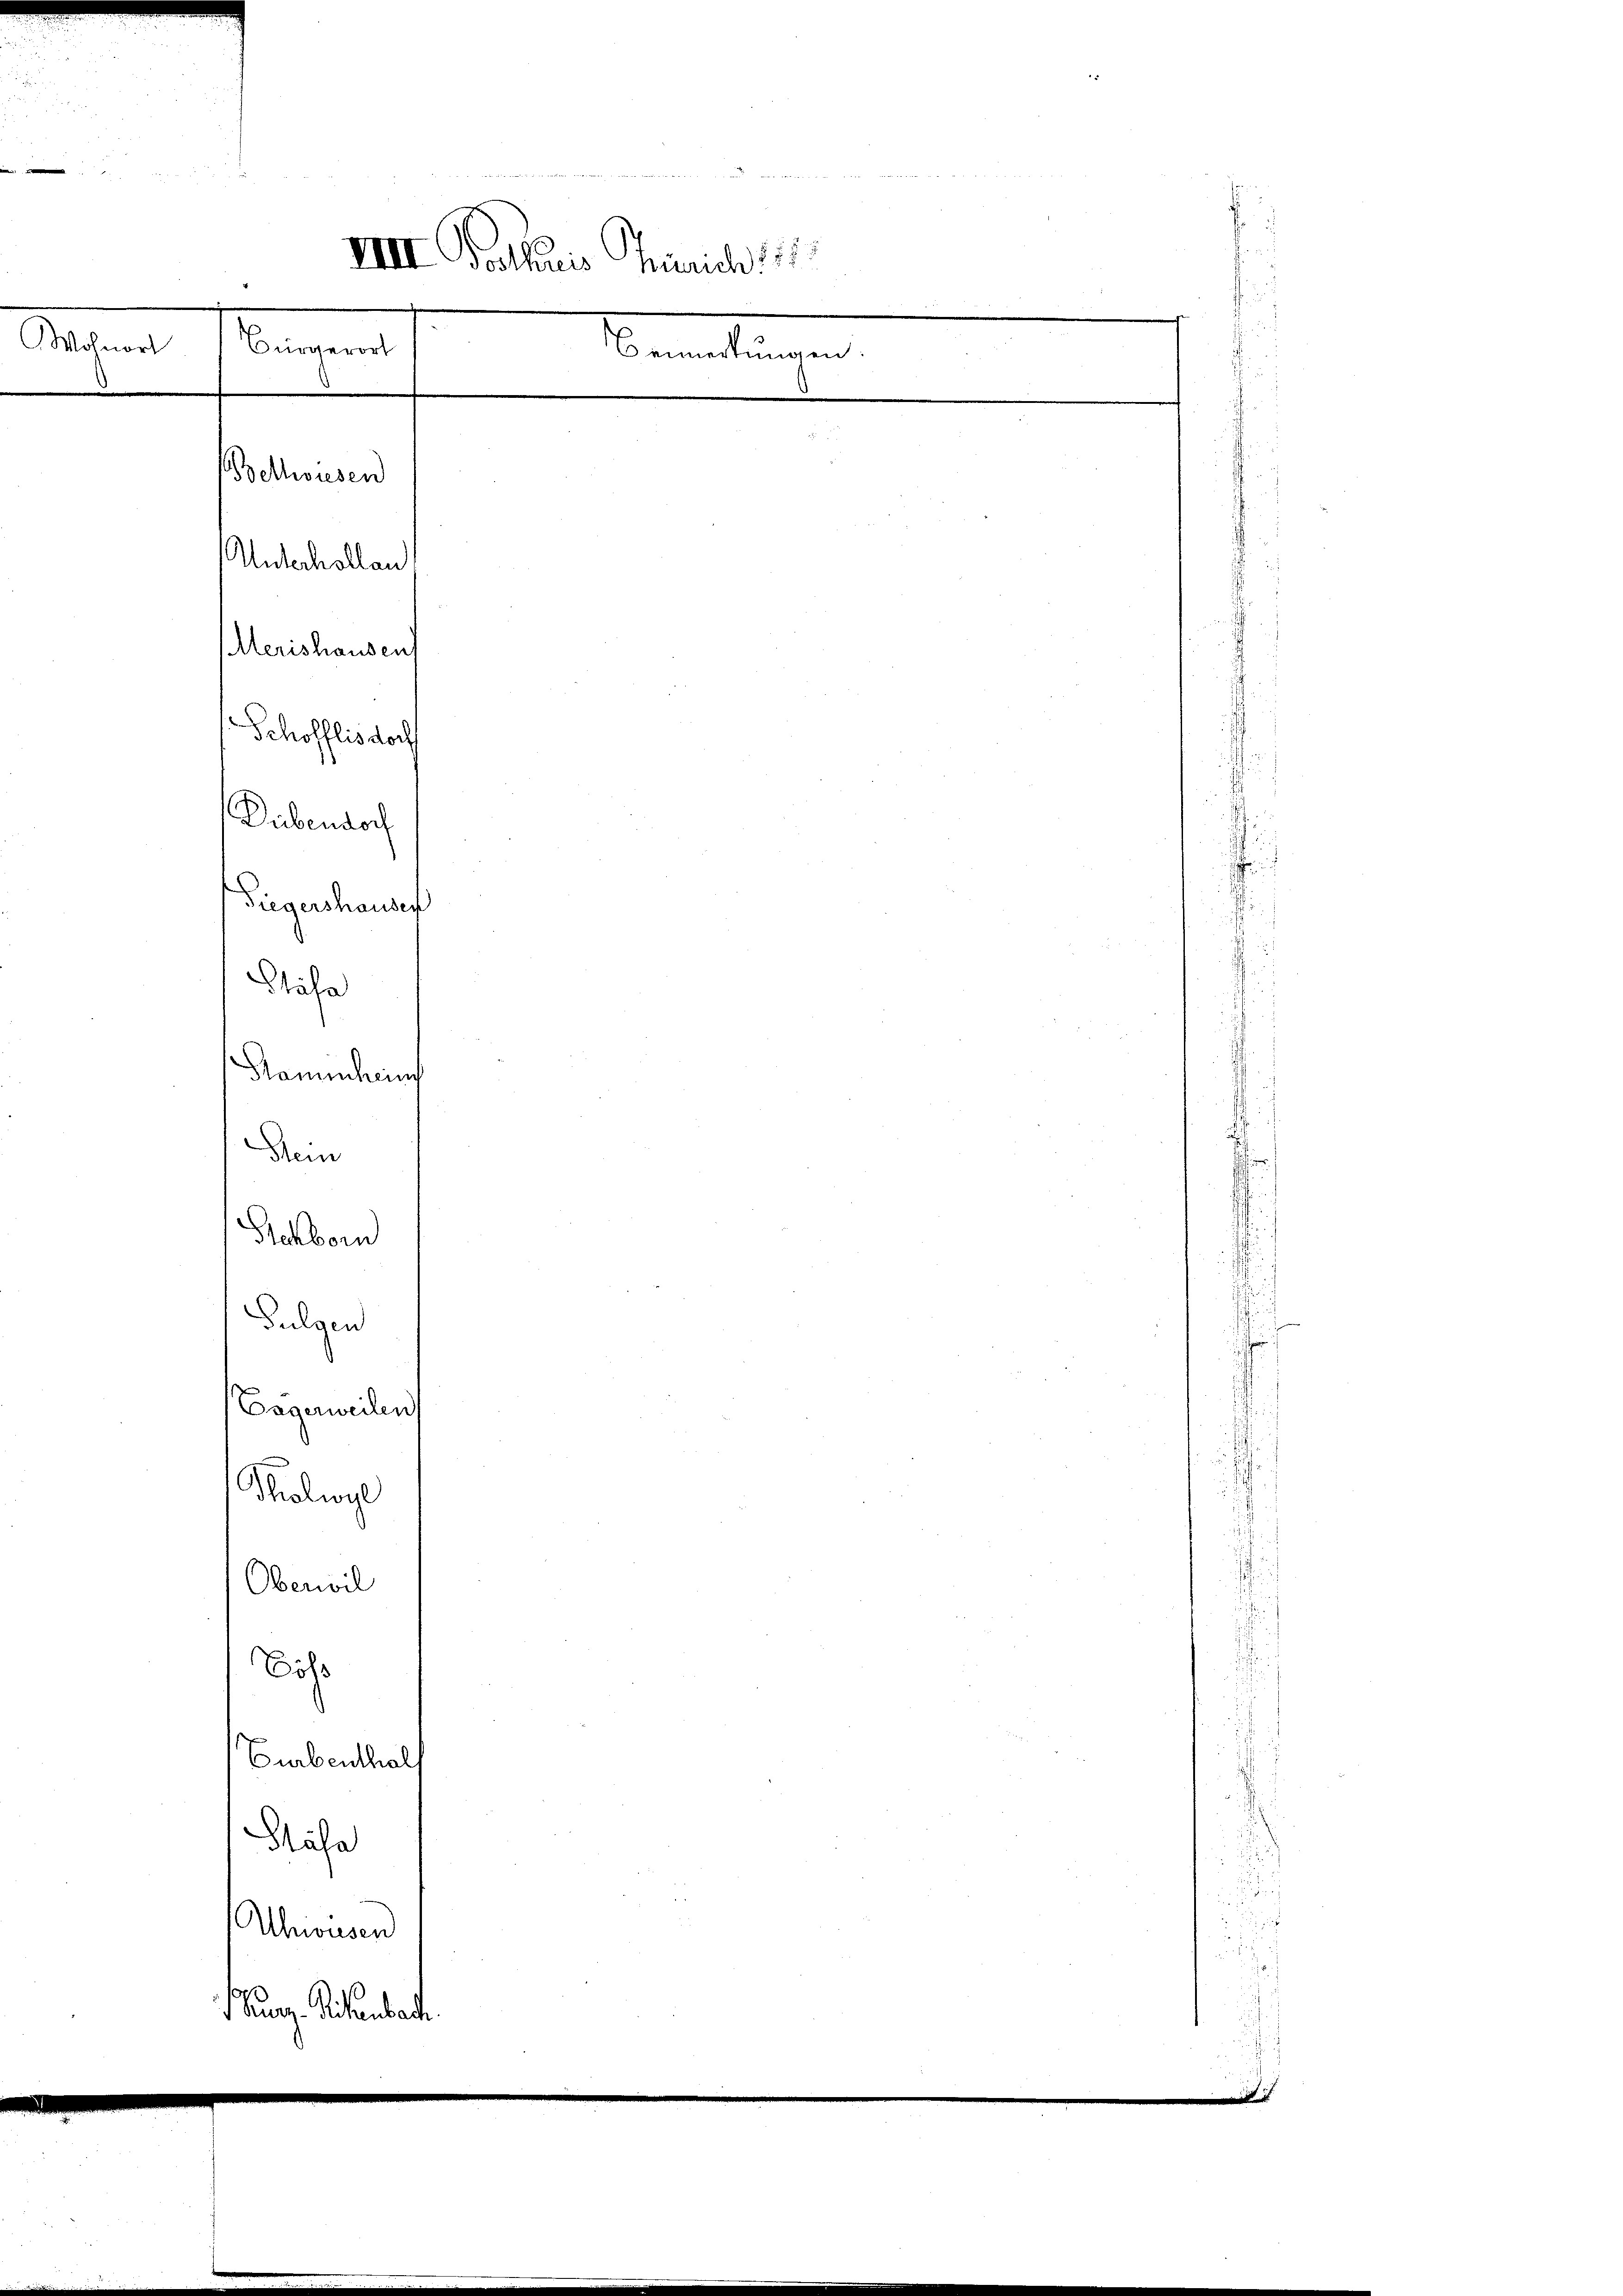
.
VIII Bollicis Turich, 187
Wohnort
Bürgerort
Bemerkungen
e

Schöfflisdorf
Diebendoch
Tiegershausen
Stäfa
Hamischeing

Thalwil

Bellwiesen
Aldechollen
Merishausen

Rein
Schborn
Gulgen
Cagerweilen
Oberwil
oh
Curbenthal
Hase
Ahwusen
Burg. Sichenbach